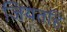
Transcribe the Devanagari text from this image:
जियतहिं